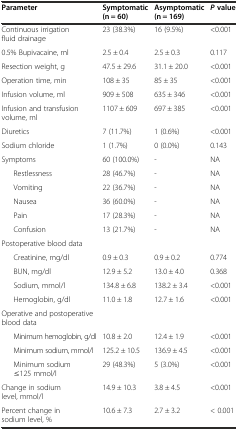
<table><thead><tr><td><b>Parameter</b></td><td><b>Symptomatic (n = 60)</b></td><td><b>Asymptomatic (n = 169)</b></td><td><b><i>P</i>value</b></td></tr></thead><tbody><tr><td>Continuous irrigation fluid drainage</td><td>23 (38.3%)</td><td>16 (9.5%)</td><td>&lt;0.001</td></tr><tr><td>0.5% Bupivacaine, ml</td><td>2.5 ± 0.4</td><td>2.5 ± 0.3</td><td>0.117</td></tr><tr><td>Resection weight, g</td><td>47.5 ± 29.6</td><td>31.1 ± 20.0</td><td>&lt;0.001</td></tr><tr><td>Operation time, min</td><td>108 ± 35</td><td>85 ± 35</td><td>&lt;0.001</td></tr><tr><td>Infusion volume, ml</td><td>909 ± 508</td><td>635 ± 346</td><td>&lt;0.001</td></tr><tr><td>Infusion and transfusion volume, ml</td><td>1107 ± 609</td><td>697 ± 385</td><td>&lt;0.001</td></tr><tr><td>Diuretics</td><td>7 (11.7%)</td><td>1 (0.6%)</td><td>&lt;0.001</td></tr><tr><td>Sodium chloride</td><td>1 (1.7%)</td><td>0 (0.0%)</td><td>0.143</td></tr><tr><td>Symptoms</td><td>60 (100.0%)</td><td>-</td><td>NA</td></tr><tr><td>Restlessness</td><td>28 (46.7%)</td><td>-</td><td>NA</td></tr><tr><td>Vomiting</td><td>22 (36.7%)</td><td>-</td><td>NA</td></tr><tr><td>Nausea</td><td>36 (60.0%)</td><td>-</td><td>NA</td></tr><tr><td>Pain</td><td>17 (28.3%)</td><td>-</td><td>NA</td></tr><tr><td>Confusion</td><td>13 (21.7%)</td><td>-</td><td>NA</td></tr><tr><td>Postoperative blood data</td><td></td><td></td><td></td></tr><tr><td>Creatinine, mg/dl</td><td>0.9 ± 0.3</td><td>0.9 ± 0.2</td><td>0.774</td></tr><tr><td>BUN, mg/dl</td><td>12.9 ± 5.2</td><td>13.0 ± 4.0</td><td>0.368</td></tr><tr><td>Sodium, mmol/l</td><td>134.8 ± 6.8</td><td>138.2 ± 3.4</td><td>&lt;0.001</td></tr><tr><td>Hemoglobin, g/dl</td><td>11.0 ± 1.8</td><td>12.7 ± 1.6</td><td>&lt;0.001</td></tr><tr><td>Operative and postoperative blood data</td><td></td><td></td><td></td></tr><tr><td>Minimum hemoglobin, g/dl</td><td>10.8 ± 2.0</td><td>12.4 ± 1.9</td><td>&lt;0.001</td></tr><tr><td>Minimum sodium, mmol/l</td><td>125.2 ± 10.5</td><td>136.9 ± 4.5</td><td>&lt;0.001</td></tr><tr><td>Minimum sodium ≤125 mmol/l</td><td>29 (48.3%)</td><td>5 (3.0%)</td><td>&lt;0.001</td></tr><tr><td>Change in sodium level, mmol/l</td><td>14.9 ± 10.3</td><td>3.8 ± 4.5</td><td>&lt;0.001</td></tr><tr><td>Percent change in sodium level, %</td><td>10.6 ± 7.3</td><td>2.7 ± 3.2</td><td>&lt; 0.001</td></tr></tbody></table>